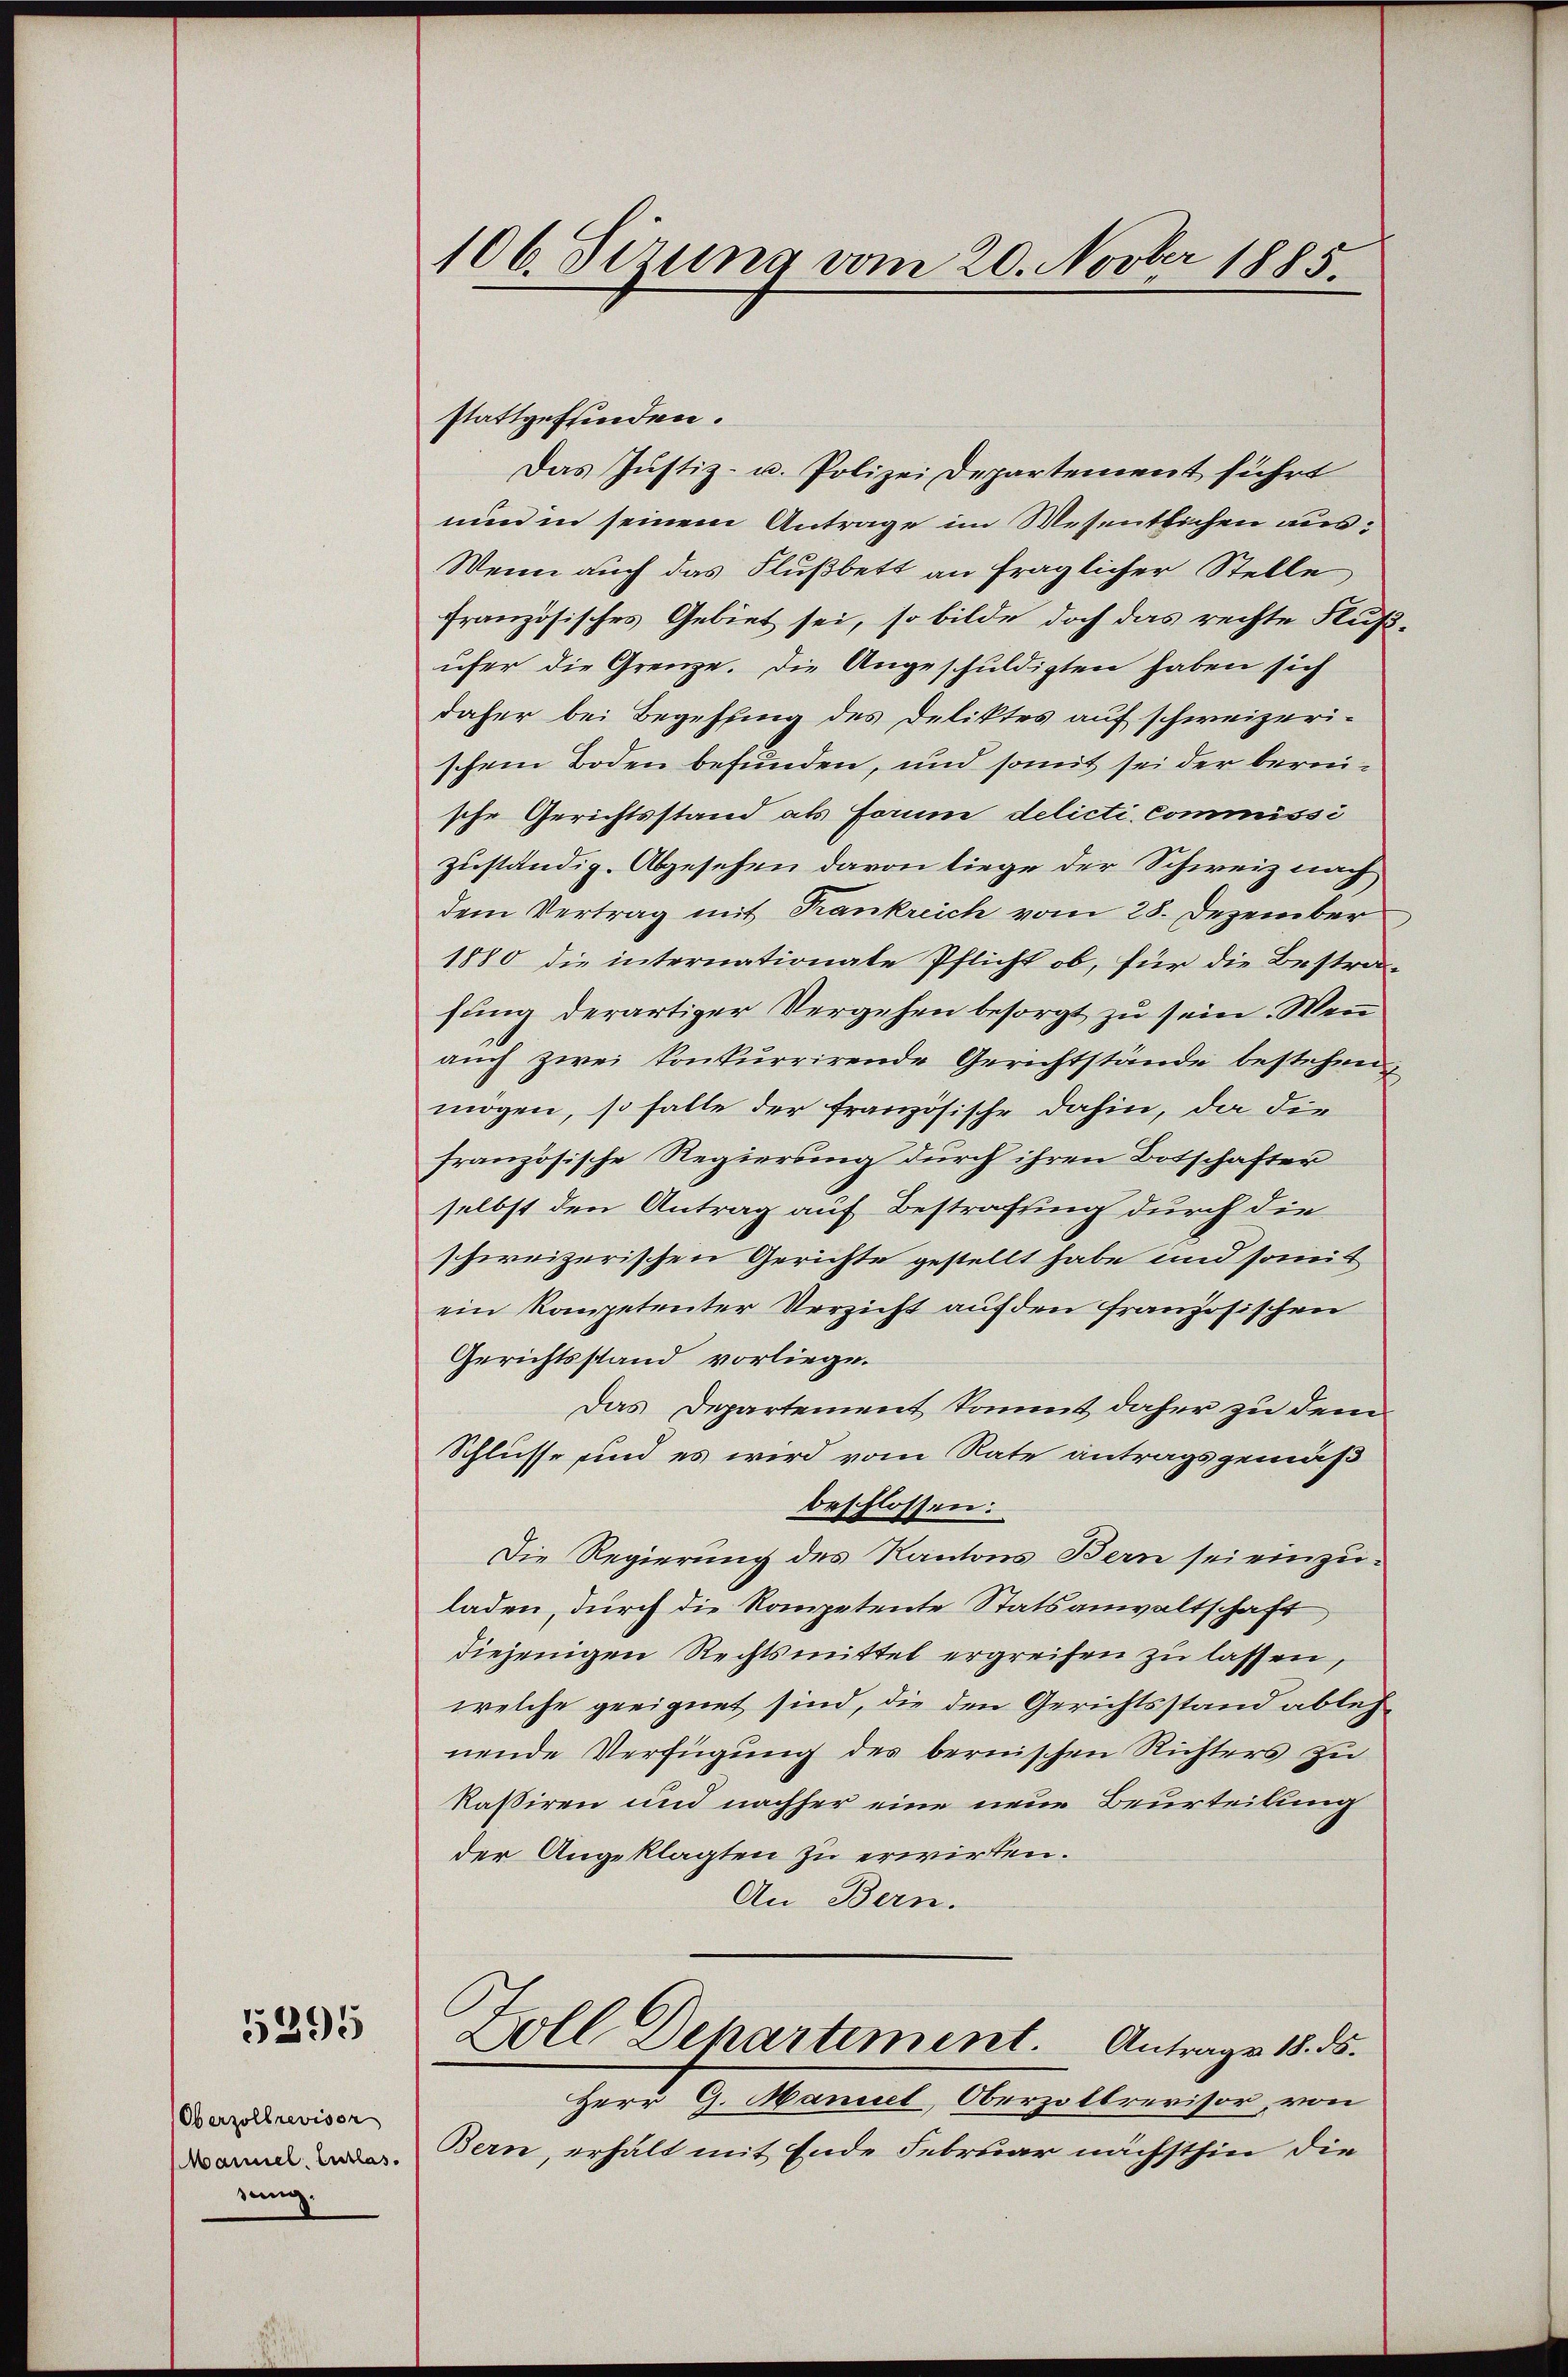
5395

Oberzollrevisor
jenig.

106. Sizung vom 20. Novber 1885.

stattgefunden.
Das Justiz- u. Polizei Departement führt
nun in seinem Antrage im Wesentlichen aus
Wenn auch das Flußbett an fraglicher Stelle
französisches Gebiet sei, so bilde doch das rechte Fus
üfer die Grenze. Die Angeschuldigten haben sich
daher bei Begehung des Deliktes auf schweizerischem Boden befunden, und somit sei der bereische Gerichtsstand als Forme delicti, Commissi
zuständig. Abgesehen davon liege der Schweiz nach
dem Vertrag mit Frankreich vom 28. Dezember
1880 die internationale Pflicht ob, für die Bestrafŭng derartiger Vergehen besorgt zu sein. Wen
aŭch zwei konkurrirende Gerichtstände bestehen,
mögen, so falle der französische dahin, da die
französische Regierung durch ihren Botschafter
selbst den Antrag auf Bestrafung durch die
schweizerischen Gerichte gestellt habe und somit
ein Kompetenter Verzicht auf den französischen
Gerichtsstand vorliege.
Das Departement kommt daher zu dem
Schlüsse und es wird vom Rate antragsgemäß
beschlossen:
Die Regierung des Kantons Bern sei einzuladen, durch die Kompetente Statsanwaltschaft,
diejenigen Rechtsmittel ergreifen zu lassen,
welche geeignet sind, die den Gerichtsstand ablehnende Verfügung des bernischen Richters zu
kaßiren und nachher eine neue Beurteilung
der Angeklagten zu erwirten.
An Bern.
Zoll Departement. Antrage 18. ds.
Herr G. Maniel, Oberzoltrevisor, von
ern. Bern, erhält mit Ende Februar nächsthin die